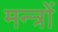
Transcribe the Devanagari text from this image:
मन्त्राें